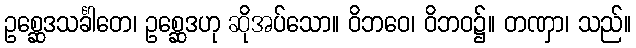
ဥစ္ဆေဒသင်္ခါတေ၊ ဥစ္ဆေဒဟု ဆိုအပ်သော။ ဝိဘဝေ၊ ဝိဘဝ၌။ တဏှာ၊ သည်။